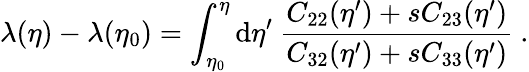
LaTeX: \lambda(\eta)-\lambda(\eta_{0})=\int_{\eta_{0}}^{\eta}\mathrm{d}\eta^{\prime}\ \frac{C_{22}(\eta^{\prime})+sC_{23}(\eta^{\prime})}{C_{32}(\eta^{\prime})+sC_{33}(\eta^{\prime})}\ .